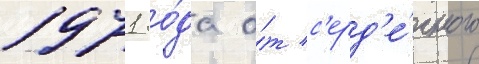
1971 го́да о́т с'ерд'е́чного